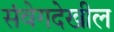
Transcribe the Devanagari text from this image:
संवेगदेखील